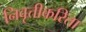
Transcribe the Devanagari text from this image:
निवृत्तीकरिता